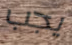
يجب